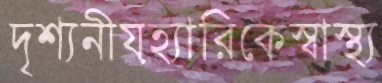
দৃশ্যনীয়হ্যারিকেস্বাস্থ্য